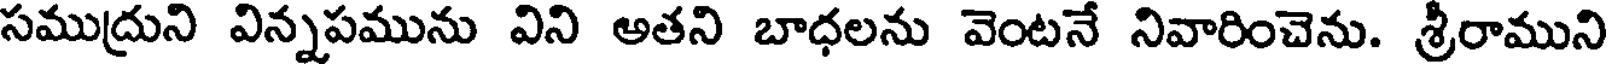
సముద్రుని విన్నపమును విని అతని బాధలను వెంటనే నివారించెను. శ్రీరాముని